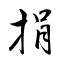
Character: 捐